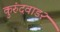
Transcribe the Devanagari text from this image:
कुरुंदवाड२